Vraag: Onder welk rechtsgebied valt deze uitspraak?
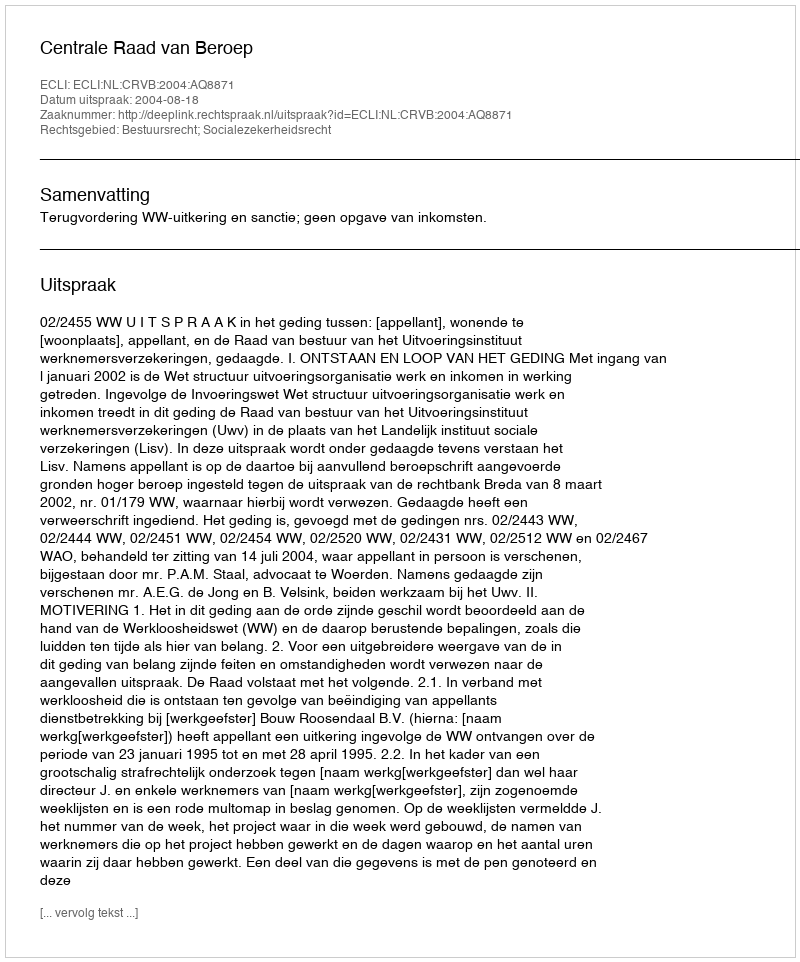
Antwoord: Bestuursrecht; Socialezekerheidsrecht